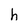
Character: h